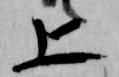
上